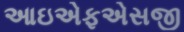
આઇએફએસજી